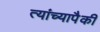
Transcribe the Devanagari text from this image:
त्यांच्यापैकीं